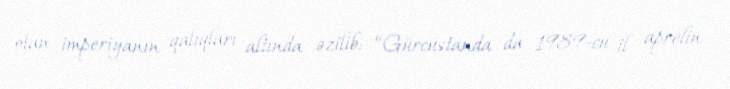
olan imperiyanın qalıqları altında əzilib: “Gürcüstanda da 1989-cu il aprelin